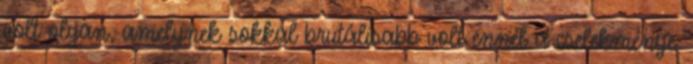
volt olyan, amelynek sokkal brutálisabb volt ennél a cselekménye.